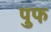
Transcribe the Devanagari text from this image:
पुफ